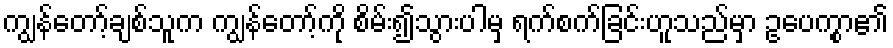
ကျွန်တော့်ချစ်သူက ကျွန်တော့်ကို စိမ်း၍သွားပါမှ ရက်စက်ခြင်းဟူသည်မှာ ဥပေက္စာ၏